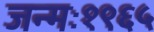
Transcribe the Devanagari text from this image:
जन्मः१९६५